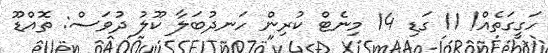
ހަގީގަތެއް! 11 ގަޑި 14 މިނެޓް ކުރިން ހަނދުބަލާ ކޫލު ދުވަސް: ތޮއްޑޫ